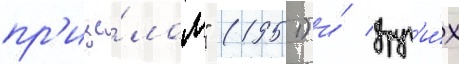
пр'ице́лом" (1951) и́ друг'и́х